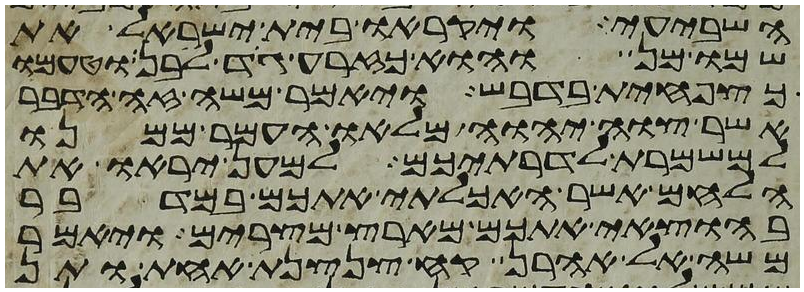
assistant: השביעי ויקראו בית ישראל את
שמו מן והוא כזרע גד לבן וטעמו
כצפחית בדבש ויאמר משה זה הדבר
אשר צוה יהוה מלאו העמר ממנו
למשמרת לדרתיכם למען יראו את
הלחם אשר האכלתי אתכם במדבר
בהוצאי אתכם מארץ מצרים ויאמר
משה אל אהרן קח צנצנת אחת ותן